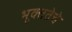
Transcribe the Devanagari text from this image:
भूक्ततेचे